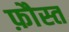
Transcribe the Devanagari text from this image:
फ़ौस्त